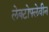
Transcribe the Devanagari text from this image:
लेक्टोफ्लेवीन